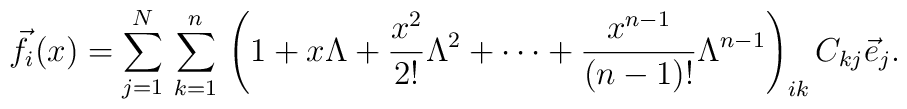
{\vec f}_i(x)=\sum_{j=1}^N\, \sum_{k=1}^n\,\left(1 + x\Lambda +\frac{x^2}{2!}\Lambda^2 + \cdots + \frac{x^{n-1}}{(n-1)!}\Lambda^{n-1} \right)_{ik}C_{kj}{\vec e}_j.